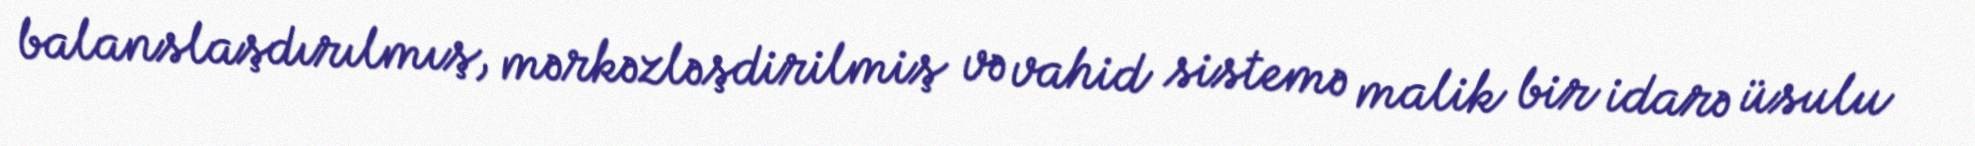
balanslaşdırılmış, mərkəzləşdirilmiş və vahid sistemə malik bir idarə üsulu